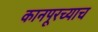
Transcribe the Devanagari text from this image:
कानपूरच्याच